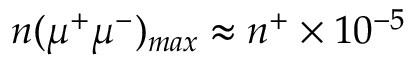
n ( \mu ^ { + } \mu ^ { - } ) _ { m a x } \approx n ^ { + } \times 1 0 ^ { - 5 }